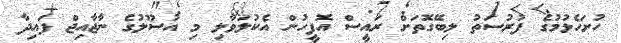
ހުށަހެޅުމުގެ ފުރުސަތު ލިބޭގޮތަށް ރައީސް އޮފީހުން އެކުލަވާލި މި އުސޫލުގެ ނާޖާއިޖް ފައިދާ